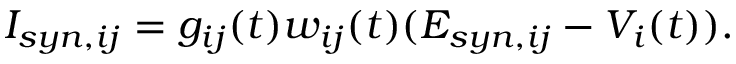
I _ { s y n , i j } = g _ { i j } ( t ) w _ { i j } ( t ) ( E _ { s y n , i j } - V _ { i } ( t ) ) .